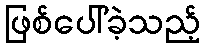
ဖြစ်ပေါ်ခဲ့သည့်